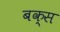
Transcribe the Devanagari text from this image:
बक्‍स